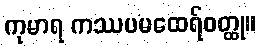
ကုမာရ ကဿပမထေရ်ဝတ္ထု။